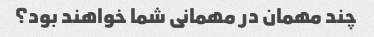
چند مهمان در مهمانی شما خواهند بود؟